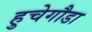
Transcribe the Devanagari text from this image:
हुचेगौडा